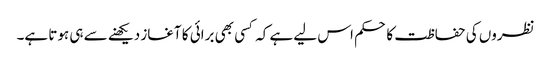
نظروں کی حفاظت کا حکم اس لیے ہے کہ کسی بھی برائی کا آغاز دیکھنے سے ہی ہوتا ہے۔